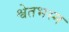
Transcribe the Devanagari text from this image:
श्वेतभस्म